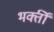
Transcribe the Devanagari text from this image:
भक्तीं